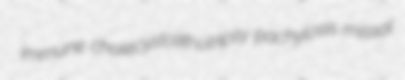
immune cholecystolithotripsy pachylosis missal